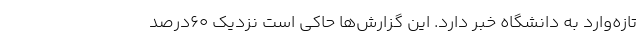
تازه‌وارد به دانشگاه خبر دارد. این گزارش‌ها حاکی است نزدیک ۶۰درصد